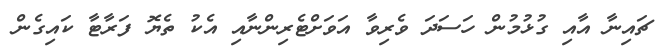
ޗައިނާ އާއި ގުޅުމުން ހަސަދަ ވެރިވާ އަވަށްޓެރިންނާއި އެކު ތެޔޮ ފަރާޓާ ކައިގެން